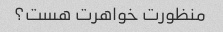
منظورت خواهرت هست؟